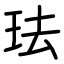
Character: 珐